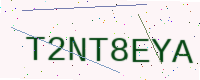
Text: T2NT8EYA